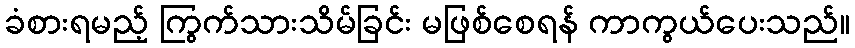
ခံစားရမည့် ကြွက်သားသိမ်ခြင်း မဖြစ်စေရန် ကာကွယ်ပေးသည်။